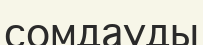
сомдауды